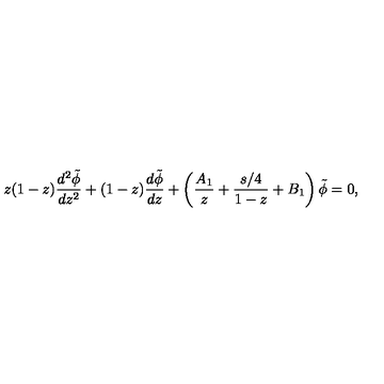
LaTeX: z ( 1 - z ) { \frac { d ^ { 2 } \tilde { \phi } } { d z ^ { 2 } } } + ( 1 - z ) { \frac { d \tilde { \phi } } { d z } } + \left( { \frac { A _ { 1 } } { z } } + { \frac { s / 4 } { 1 - z } } + B _ { 1 } \right) \tilde { \phi } = 0 ,